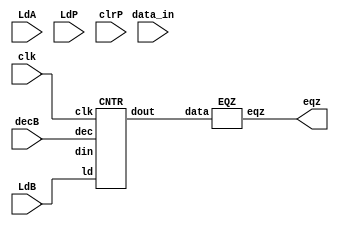
`timescale 1ns / 1ps
//////////////////////////////////////////////////////////////////////////////////
// Company: 
// Engineer: 
// 
// Design Name: 
// Module Name: MUL_datapath
// Project Name: 
// Target Devices: 
// Tool Versions: 
// Description: 
// 
// Dependencies: 
// 
// Revision:
// Revision 0.01 - File Created
// Additional Comments:
// 
//////////////////////////////////////////////////////////////////////////////////


//DATAPATH
module MUL_datapath (eqz, LdA, LdB, LdP, clrP, decB, data_in, clk); 
  input LdA, LdB, LdP, clrP, decB, clk; 
  input [15:0] data_in; 
  output eqz; 
  wire [15:0] X, Y, Z, Bout, Bus; 
 
  PIPO1 A (X, Bus, LdA, clk); 
  PIPO2 P (Y, Z, LdP, clrP, clk); 
  CNTR  B (Bout, Bus, LdB, decB, clk); 
  ADD  AD (Z, X, Y); 
  EQZ COMP (eqz, Bout); 
endmodule 
module PIPO1 (dout, din, ld, clk); 
  input [15:0] din; 
  input ld, clk; 
  output reg [15:0] dout; 
  always @(posedge clk) 
    if (ld) dout <= din; 
endmodule 
 
module ADD (out, in1, in2); 
  input [15:0] in1, in2; 
  output reg [15:0] out; 
  always @(*) 
    out = in1 + in2; 
endmodule 

module PIPO2 (dout, din, ld, 
                     clr, clk); 
  input [15:0] din; 
  input ld, clr, clk; 
  output reg [15:0] dout; 
  always @(posedge clk) 
    if (clr) dout <= 16'b0; 
    else if (ld) dout <= din; 
endmodule 
 
module EQZ (eqz, data); 
  input [15:0] data; 
  output eqz; 
  assign  eqz = (data == 0); 
endmodule 
module CNTR (dout, din, ld, dec, clk); 
  input [15:0] din; 
  input ld, dec, clk; 
  output reg [15:0] dout; 
  always @(posedge clk) 
    if (ld) dout <= din; 
    else if (dec) dout <= dout - 1; 
endmodule 
//CONTROL PATH
module controller (LdA, LdB, LdP, clrP, decB, done, clk, eqz, start); 
  input clk, eqz, start; 
  output reg LdA, LdB, LdP, clrP, decB, done; 
  reg [2:0] state; 
  parameter S0=3'b000, S1=3'b001, S2=3'b010, S3=3'b011, S4=3'b100; 
  always @(posedge clk) 
    begin 
      case (state) 
        S0:    if (start) state <= S1; 
        S1:    state <= S2; 
        S2:    state <= S3; 
        S3:    #2 if (eqz) state <= S4; 
        S4:    state <= S4; 
        default: state <= S0; 
      endcase 
    end 
    always @(state) 
  begin 
    case (state) 
      S0:   begin #1 LdA = 0;  LdB = 0; LdP = 0; clrP = 0; decB = 0; end 
      S1:   begin #1 LdA = 1; end 
      S2:   begin #1 LdA = 0; LdB = 1; clrP = 1; end 
      S3:   begin #1 LdB = 0; LdP = 1; clrP = 0; decB = 1; end 
      S4:   begin #1 done = 1; LdB = 0; LdP = 0; decB = 0; end 
    default: begin #1 LdA = 0; LdB = 0; LdP = 0; clrP = 0; decB = 0; end 
    endcase 
  end 
endmodule